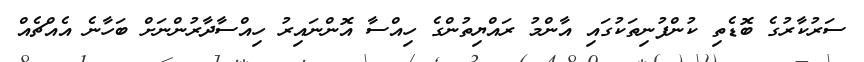
ސަރުކާރުގެ ބޮޑެތި ކުންފުނިތަކުގައި އާންމު ރައްޔިތުންގެ ހިއްސާ އޮންނައިރު ހިއްސާދާރުންނަށް ބަހާނެ އެއްޗެއް